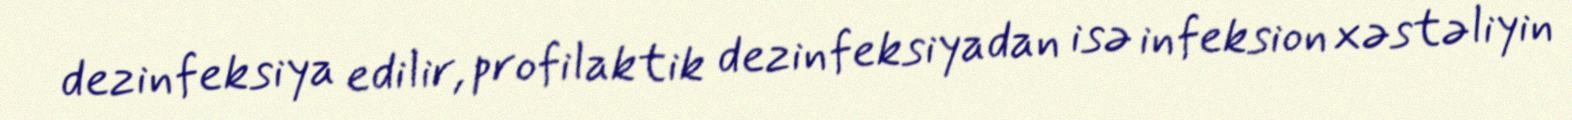
dezinfeksiya edilir, profilaktik dezinfeksiyadan isə infeksion xəstəliyin